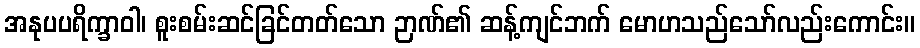
အနုပပရိက္ခာဝါ၊ စူးစမ်းဆင်ခြင်တတ်သော ဉာဏ်၏ ဆန့်ကျင်ဘက် မောဟသည်သော်လည်းကောင်း။